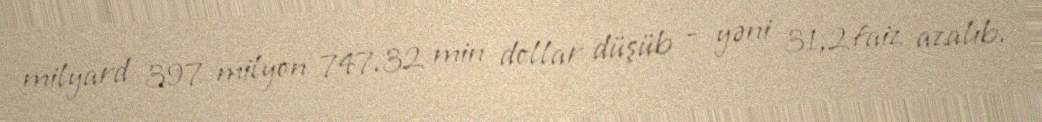
milyard 397 milyon 747.32 min dollar düşüb - yəni 31,2 faiz azalıb.